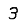
Digit: 3